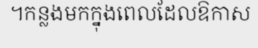
។កន្លងមកក្នុងពេលដែលឱកាស